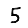
Digit: 5